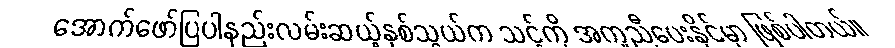
အောက်ဖော်ပြပါနည်းလမ်းဆယ့်နှစ်သွယ်က သင့်ကို အကူညီပေးနိုင်မှာ ဖြစ်ပါတယ်။